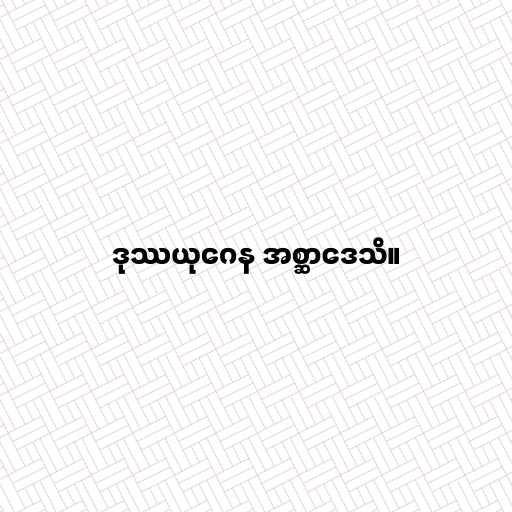
ဒုဿယုဂေန အစ္ဆာဒေသိ။